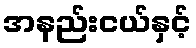
အနည်းငယ်နှင့်